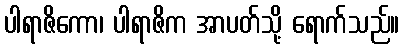
ပါရာဇိကော၊ ပါရာဇိက အာပတ်သို့ ရောက်သည်။